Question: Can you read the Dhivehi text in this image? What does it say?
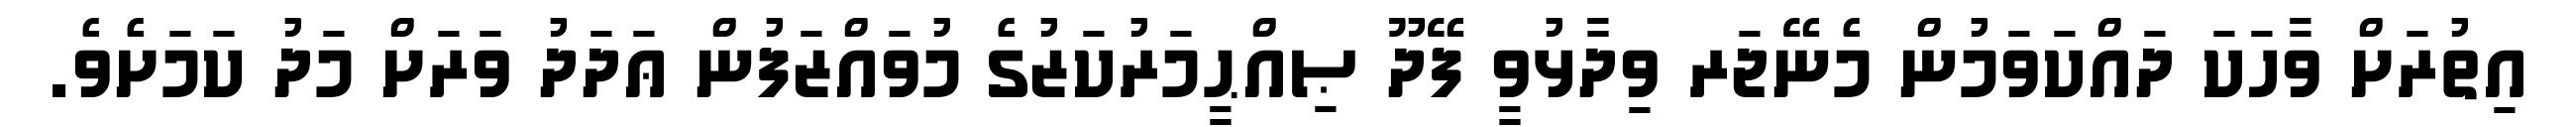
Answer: އިތުރަށް ވާހަކަ ދައްކަވަމުން މެނޭޖަރ ވިދާޅުވީ ފޭދޫ ޞިއްޙީމަރުކަޒުގެ މުވައްޒަފުން ޢަދަދު ވަރަށް މަދު ކަމަށެވެ.